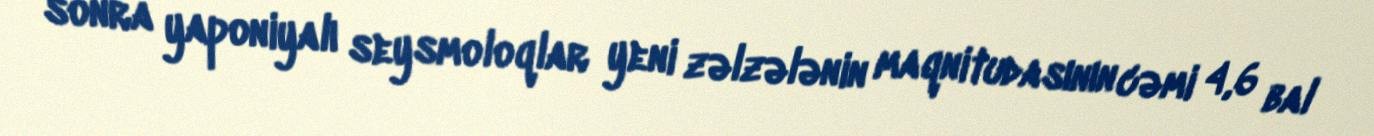
sonra yaponiyalı seysmoloqlar yeni zəlzələnin maqnitudasının cəmi 4,6 bal